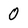
Character: 0